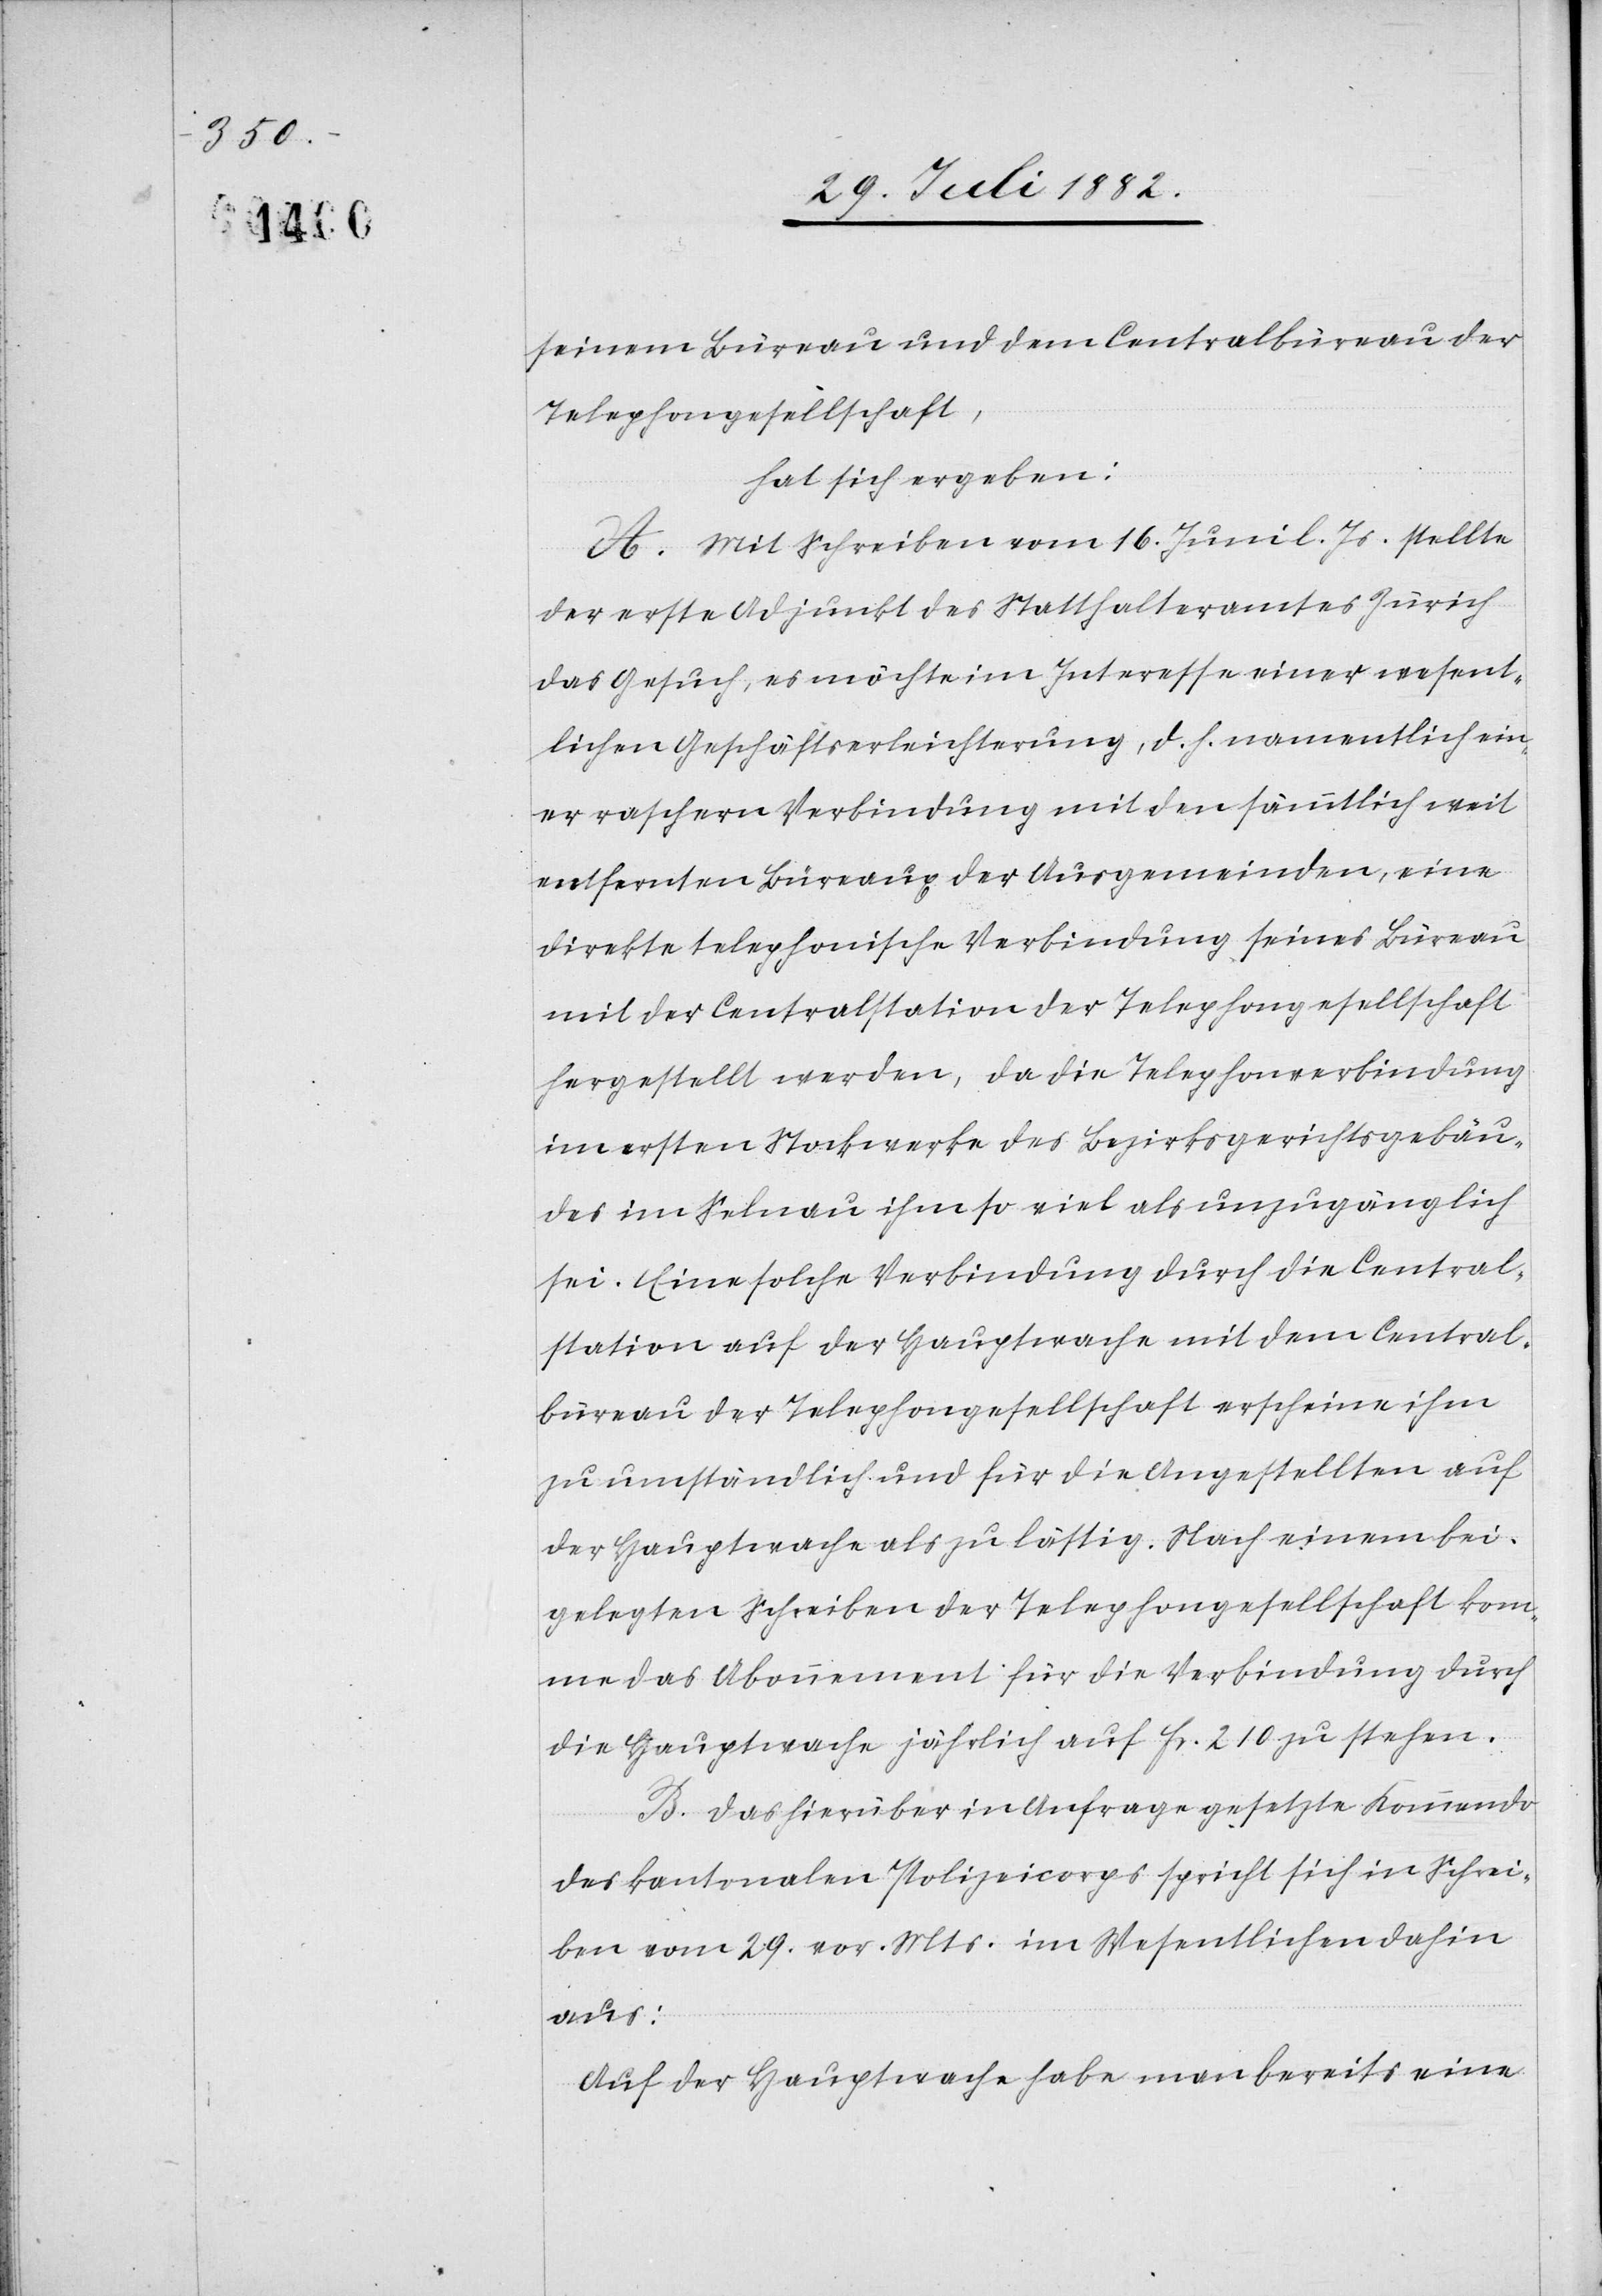
seinem Bureau und dem Centralbureau der
Telephongesellschaft,
hat sich ergeben:
A. Mit Schreiben vom 16. Juni l. Js. stellte
der erste Adjunkt des Statthalteramtes Zürich
das Gesuch, es möchte im Interesse einer wesent¬
lichen Geschäftserleichterung, d. h. namentlich ein¬
er raschern Verbindung mit den sämmtlichen weit
entfernten Büreaux der Ausgemeinden, eine
direkte telephonische Verbindung seines Büreau
mit der Centralstation der Telephongesellschaft
hergestellt werden, da die Telephonverbindung
im ersten Stockwerke des Bezirksgerichtsgebäu¬
des im Selnau ihm so viel als unzugänglich
sei. Eine solche Verbindung durch die Central¬
station auf der Hauptwache mit dem Central¬
büreau der Telephongesellschaft erscheine ihm
zu umständlich und für die Angestellten auf
der Hauptwache als zu lästig. Nach einem bei¬
gelegten Schreiben der Telephongesellschaft kom¬
me das Abonnement für die Verbindung durch
die Hauptwache jährlich auf Fr. 210 zu stehen.
B. Das hierüber in Anfrage gesetzt Kommando
des kantonalen Polizeicorps spricht sich in Schrei¬
ben vom 28. vor. Mts. im Wesentlichen dahin
aus:
Auf der Hauptwache habe man bereits eine